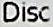
DISC